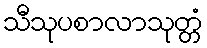
သီသုပစာလာသုတ္တံ